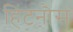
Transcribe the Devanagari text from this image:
हिंटनौस